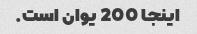
اینجا 200 یوان است.